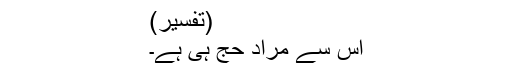
(تفسیر)
اِس سے مراد حج ہی ہے۔